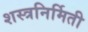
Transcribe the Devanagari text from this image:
शस्त्रनिर्मिती